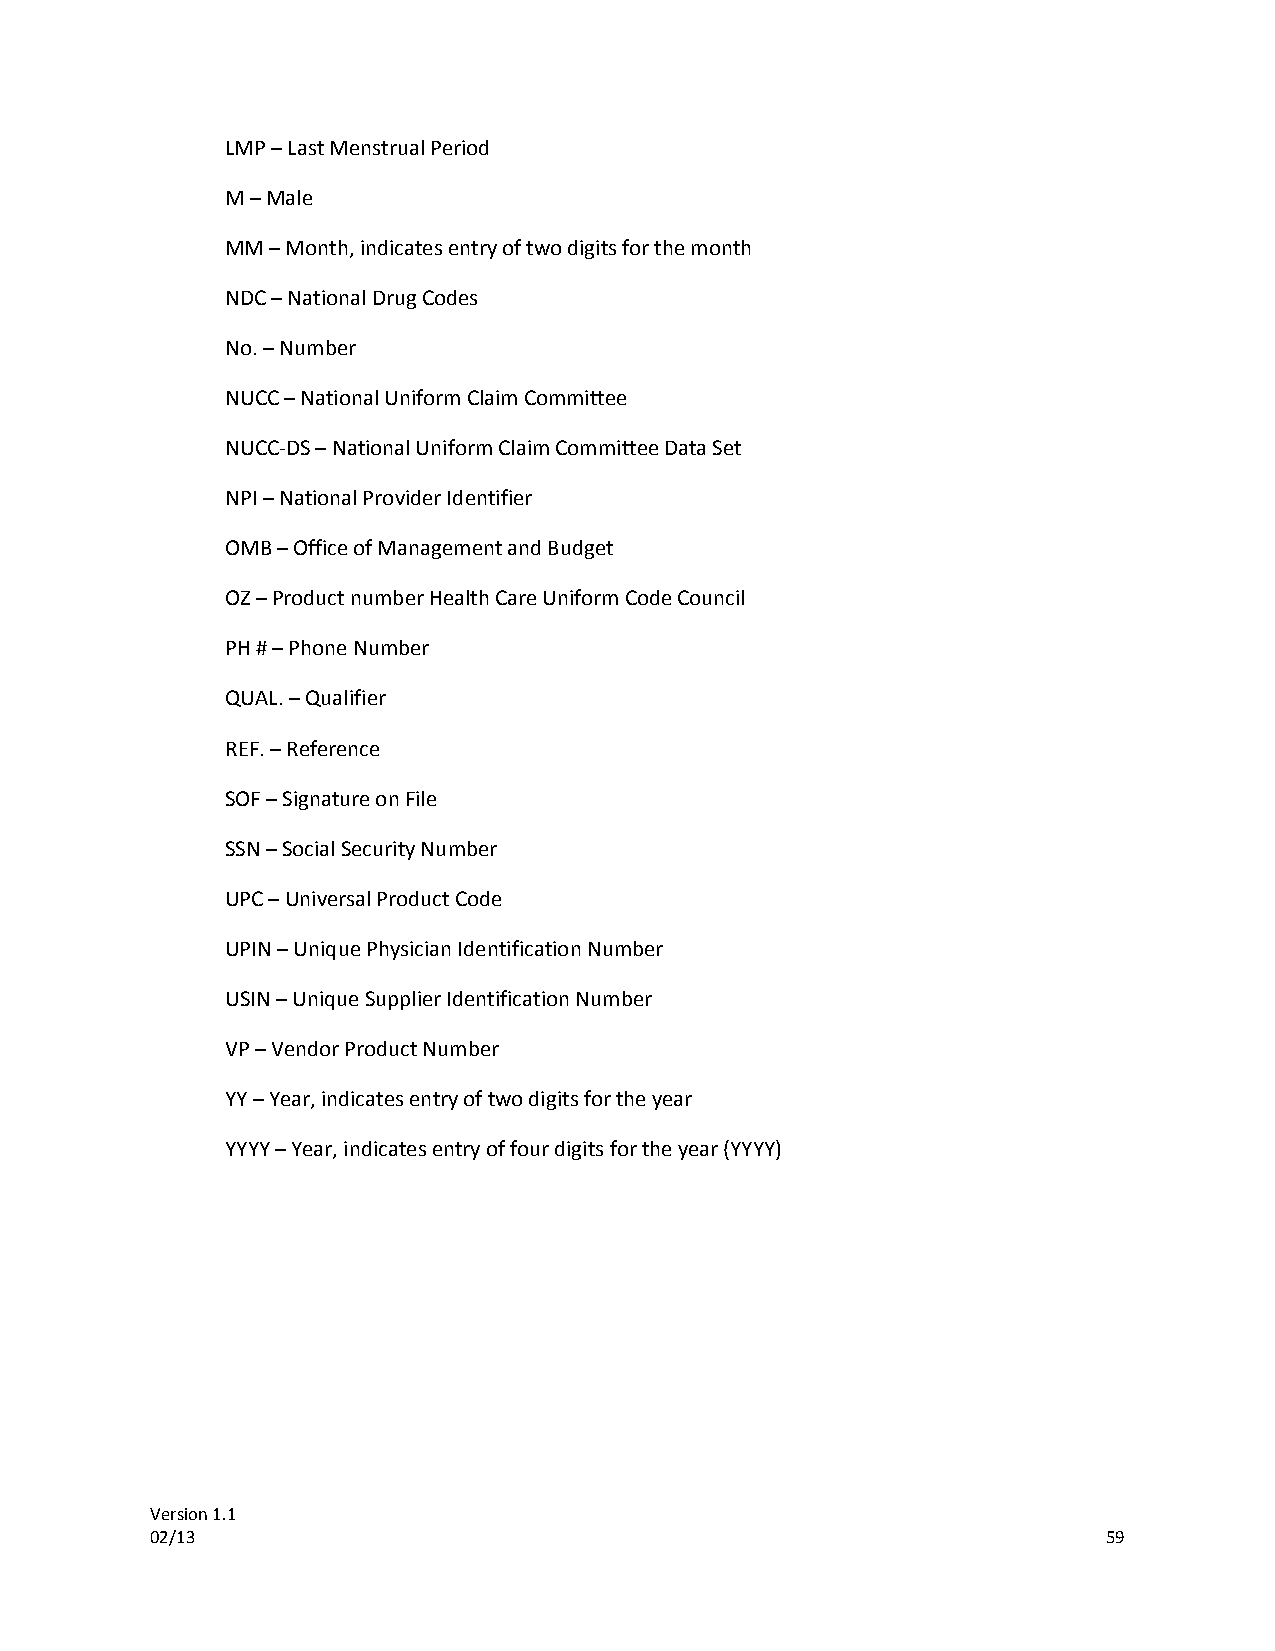
LMP – Last Menstrual Period
 M – Male
 MM – Month, indicates entry of two digits for the month
 NDC – National Drug Codes
 No. – Number
 NUCC – National Uniform Claim Committee
 NUCC-DS – National Uniform Claim Committee Data Set
 NPI – National Provider Identifier
 OMB – Office of Management and Budget
 OZ – Product number Health Care Uniform Code Council
 PH # – Phone Number
 QUAL. – Qualifier
 REF. – Reference
 SOF – Signature on File
 SSN – Social Security Number
 UPC – Universal Product Code
 UPIN – Unique Physician Identification Number
 USIN – Unique Supplier Identification Number
 VP – Vendor Product Number
 YY – Year, indicates entry of two digits for the year
 YYYY – Year, indicates entry of four digits for the year (YYYY)
 Version 1.1
 02/13                                                          59